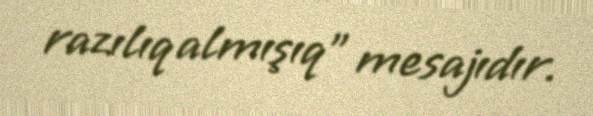
razılıq almışıq” mesajıdır.